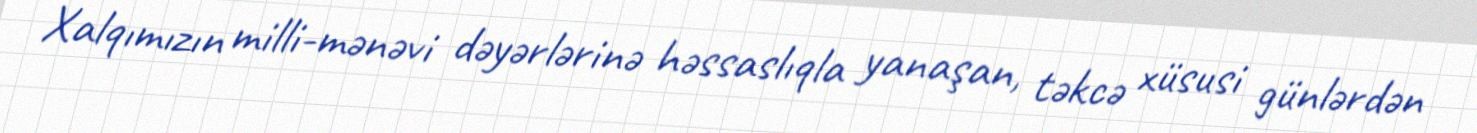
Xalqımızın milli-mənəvi dəyərlərinə həssaslıqla yanaşan, təkcə xüsusi günlərdən